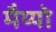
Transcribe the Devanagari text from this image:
मैय्यो